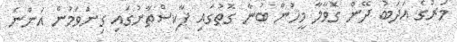
މަރުގެ އަދަބު ދޭން ގޮވާލާ މީހުން ބުނާ ގޮތުގައި ޕާކިސްތާނުގައި ގިނަވަމުން އަންނަ